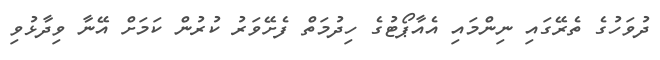
ދުވަހުގެ ތެރޭގައި ނިންމައި އެއާޕޯޓުގެ ހިދުމަތް ފެށޭވަރު ކުރުން ކަމަށް އޭނާ ވިދާޅުވި